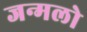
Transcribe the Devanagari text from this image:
जन्मलो